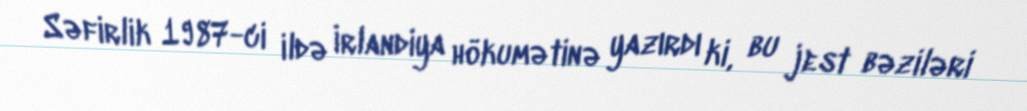
Səfirlik 1987-ci ildə İrlandiya hökumətinə yazırdı ki, bu jest bəziləri